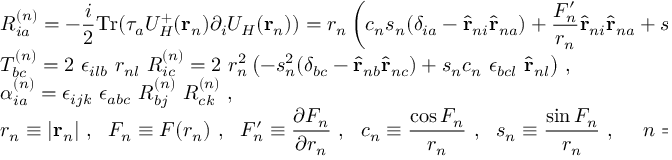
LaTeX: \begin{array} { l l } { { } } & { { { \displaystyle R _ { i a } ^ { ( n ) } = - \frac { i } { 2 } \mathrm { T r } ( \tau _ { a } U _ { H } ^ { + } ( { \bf r } _ { n } ) \partial _ { i } U _ { H } ( { \bf r } _ { n } ) ) = r _ { n } \left( c _ { n } s _ { n } ( \delta _ { i a } - \hat { \bf r } _ { n i } \hat { \bf r } _ { n a } ) + \frac { F _ { n } ^ { \prime } } { r _ { n } } \hat { \bf r } _ { n i } \hat { \bf r } _ { n a } + s _ { n } ^ { 2 } \epsilon _ { i a l } \hat { \bf r } _ { n l } \right) } ~ , } } \\ { { } } & { { { \displaystyle T _ { b c } ^ { ( n ) } = 2 ~ \epsilon _ { i l b } ~ r _ { n l } ~ R _ { i c } ^ { ( n ) } = 2 ~ r _ { n } ^ { 2 } \left( - s _ { n } ^ { 2 } ( \delta _ { b c } - \hat { \bf r } _ { n b } \hat { \bf r } _ { n c } ) + s _ { n } c _ { n } ~ \epsilon _ { b c l } ~ \hat { \bf r } _ { n l } \right) } ~ , } } \\ { { } } & { { { \displaystyle \alpha _ { i a } ^ { ( n ) } = \epsilon _ { i j k } ~ \epsilon _ { a b c } ~ R _ { b j } ^ { ( n ) } ~ R _ { c k } ^ { ( n ) } } ~ , } } \\ { { } } & { { { \displaystyle r _ { n } \equiv \vert { \bf r } _ { n } \vert ~ , ~ ~ F _ { n } \equiv F ( r _ { n } ) ~ , ~ ~ F _ { n } ^ { \prime } \equiv \frac { \partial F _ { n } } { \partial r _ { n } } ~ , ~ ~ c _ { n } \equiv \frac { \cos F _ { n } } { r _ { n } } ~ , ~ ~ s _ { n } \equiv \frac { \sin F _ { n } } { r _ { n } } ~ , ~ ~ ~ ~ n = 1 , 2 ~ ~ . } } } \end{array}